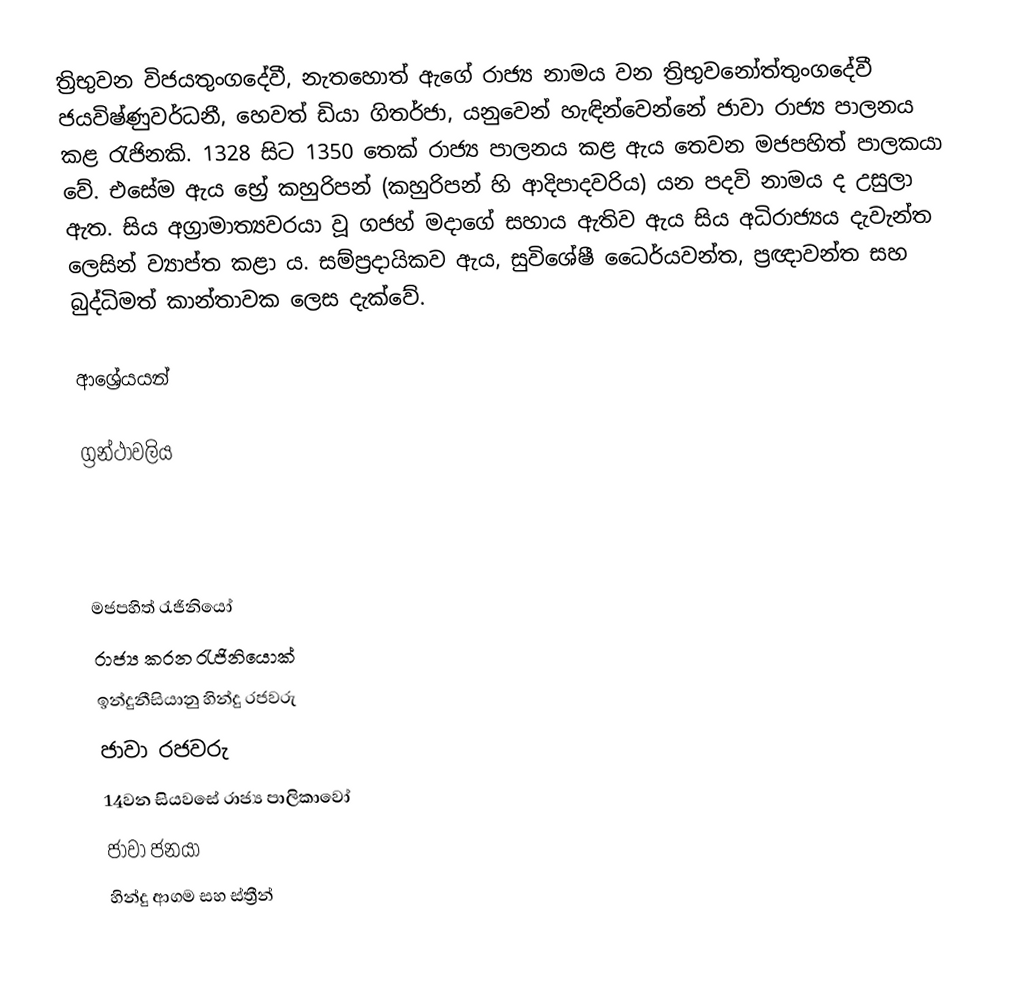
ත්‍රිභුවන විජයතුංගදේවී, නැතහොත් ඇගේ රාජ්‍ය නාමය වන ත්‍රිභුවනෝත්තුංගදේවී ජයවිෂ්ණුවර්ධනී, හෙවත් ඩියා ගිතර්ජා, යනුවෙන් හැඳින්වෙන්නේ ජාවා රාජ්‍ය පාලනය කළ රැජිනකි. 1328 සිට 1350 තෙක් රාජ්‍ය පාලනය කළ ඇය තෙවන මජපහිත් පාලකයා වේ. එසේම ඇය භ්‍රේ කහුරිපන් (කහුරිපන් හි ආදිපාදවරිය) යන පදවි නාමය ද උසුලා ඇත. සිය අග්‍රාමාත්‍යවරයා වූ ගජහ් මදාගේ සහාය ඇතිව ඇය සිය අධිරාජ්‍යය දැවැන්ත ලෙසින් ව්‍යාප්ත කළා ය. සම්ප්‍රදායිකව ඇය, සුවිශේෂී ධෛර්යවන්ත, ප්‍රඥාවන්ත සහ බුද්ධිමත් කාන්තාවක ලෙස දැක්වේ.

ආශ්‍රේයයන්

ග්‍රන්ථාවලිය

මජපහිත් රැජිනියෝ
රාජ්‍ය කරන රැජිනියොක්
ඉන්දුනීසියානු හින්දු ‍රජවරු
ජාවා රජවරු
14වන සියවසේ රාජ්‍ය පාලිකාවෝ
ජාවා ජනයා
හින්දු ආගම සහ ස්ත්‍රීන්